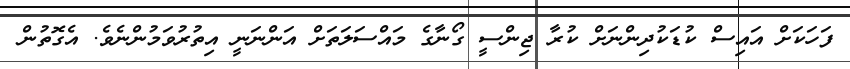
ފަހަކަށް އައިސް ކުޑަކުދިންނަށް ކުރާ ޖިންސީ ގޯނާގެ މައްސަލަތަށް އަންނަނީ އިތުރުވަމުންނެވެ. އެގޮތުން